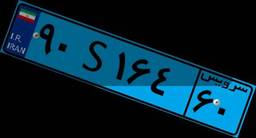
۸۵S۶۳۵۵۷